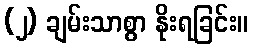
(၂) ချမ်းသာစွာ နိုးရခြင်း။